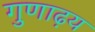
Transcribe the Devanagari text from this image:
गुणाढ़य